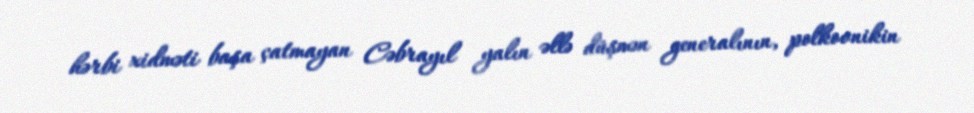
hərbi xidməti başa çatmayan Cəbrayıl yalın əllə düşmən generalının, polkovnikin